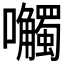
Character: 𫬼